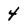
Character: 4